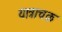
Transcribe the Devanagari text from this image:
यात्राचक्र